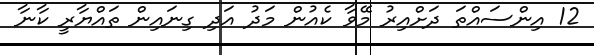
12 އިންސައްތަ ދަށްއިރު މޭވާ ކެއުން މަދު އަދި ގިނައިން ތައްޔާރީ ކާނާ